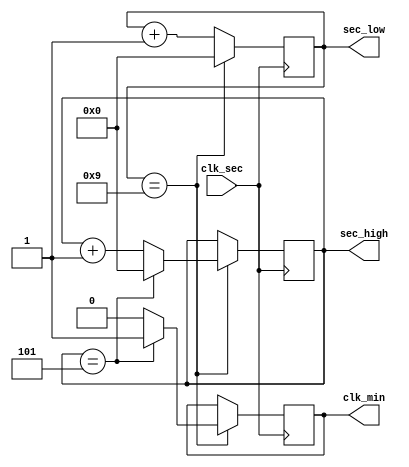
module m_gen_sec(clk_sec,clk_min,sec_low,sec_high);
input wire clk_sec;
output reg clk_min;
output reg[3:0] sec_low=0, sec_high=0;
 
always @(posedge clk_sec) begin
     if (sec_low == 9) begin
	begin sec_low = 0;clk_min=0;end /* base 10 */
	if (sec_high == 5) begin
	sec_high = 0; /* base 6 */
	clk_min = 1;
	end else
	sec_high = sec_high + 1;
						
             end else
             sec_low = sec_low + 1;
    end
endmodule